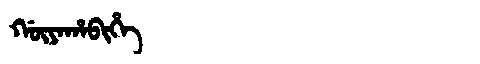
Manchu: ᡤᡡᠶᠠᡥᠠᠪᡳᡥᡝ
Romanization: GŪYAHABIHE